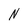
Character: N